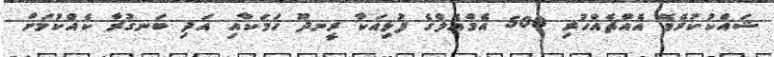
ޝައްކުކުރެވޭ އެއްޗެއްހުރި 500 އެމްއެލްގެ ފުޅިއަކާ ރީނދޫ ހަމަކާއި އަދި ބަނގުރާ ކެއްކުމަށް